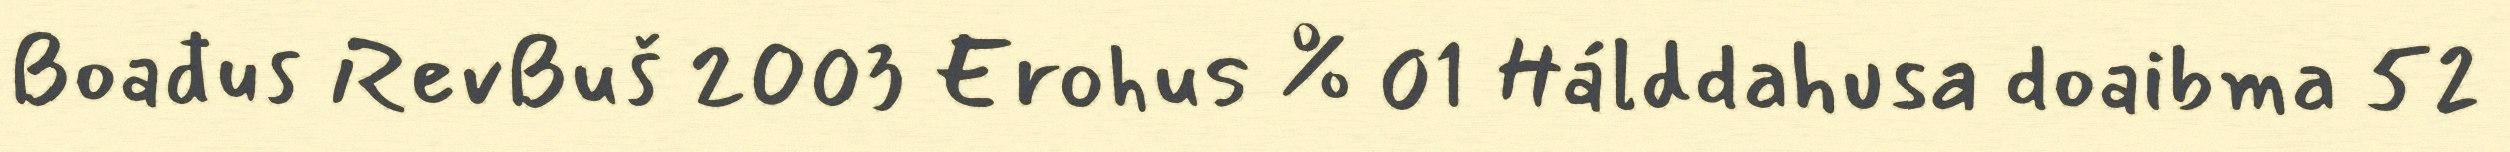
Boađus RevBuš 2003 Erohus % 01 Hálddahusa doaibma 52